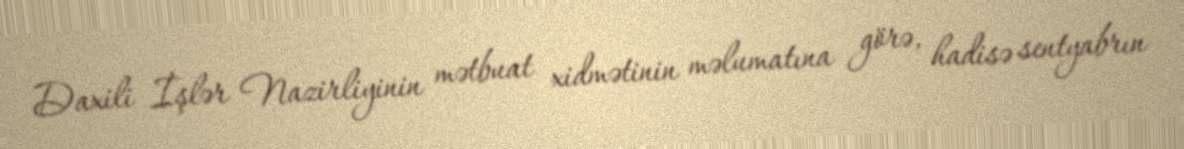
Daxili İşlər Nazirliyinin mətbuat xidmətinin məlumatına görə, hadisə sentyabrın